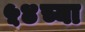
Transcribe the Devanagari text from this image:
५४च्या